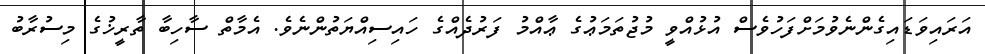
އަރައިވަޑައިގެންނެވުމަށްފަހުވެސް އުޅުއްވީ މުޖުތަމަޢުގެ ޢާއްމު ފަރުދެއްގެ ހައިސިއްޔަތުންނެވެ. އެމާތް ސާހިބާ ތާރީޚުގެ މިސުރާބު